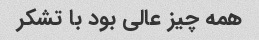
همه چیز عالی بود با تشکر